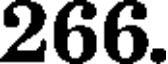
266.